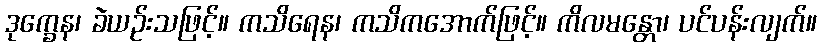
ဒုက္ခေန၊ ခဲယဉ်းသဖြင့်။ ကသိရေန၊ ကသိကအောက်ဖြင့်။ ကိလမန္တော၊ ပင်ပန်းလျက်။